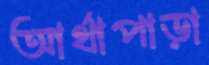
আর্থাপাড়া